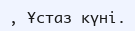
, Ұстаз күні.